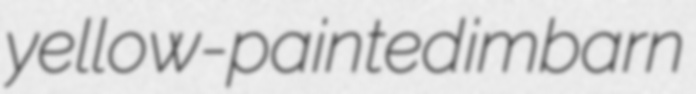
yellow-painted imbarn